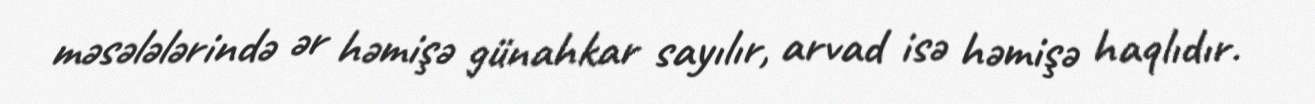
məsələlərində ər həmişə günahkar sayılır, arvad isə həmişə haqlıdır.